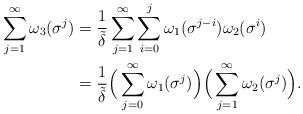
LaTeX: \begin{align*}\begin{aligned}{}\sum^{\infty}_{j=1}\omega_{3}(\sigma^{j})&=\frac{1}{\tilde{\delta}}\sum^{\infty}_{j=1}\sum^{j}_{i=0}\omega_{1}(\sigma^{j-i})\omega_{2}(\sigma^{i})\\&=\frac{1}{\tilde{\delta}}\Big(\sum^{\infty}_{j=0}\omega_{1}{(\sigma^{j})}\Big)\Big(\sum^{\infty}_{j=1}\omega_{2}(\sigma^{j})\Big).\end{aligned}\end{align*}